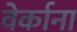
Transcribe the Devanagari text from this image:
वेर्काना